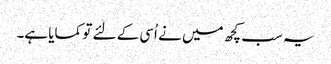
یہ سب کچھ میں نے اُسی کے لئے تو کمایا ہے۔